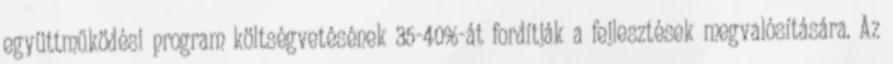
együttműködési program költségvetésének 35-40%-át fordítják a fejlesztések megvalósítására. Az